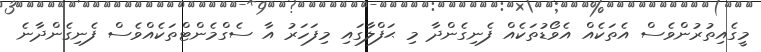
މީގެއިތުރުންވެސް އެތަކެއް އެވޯޑުތަކެއް ފެނިގެންދާ މި ޙަފްލާގައި މިފަހަރު އާ ސެގްމެންޓްތަކެއްވެސް ފެނިގެންދާނެ